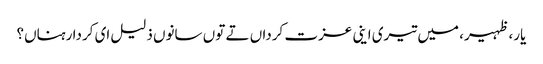
یار، ظہیر، میں تیری اینی عزت کرداں تے توں سانوں ذلیل ای کردا رہناں؟